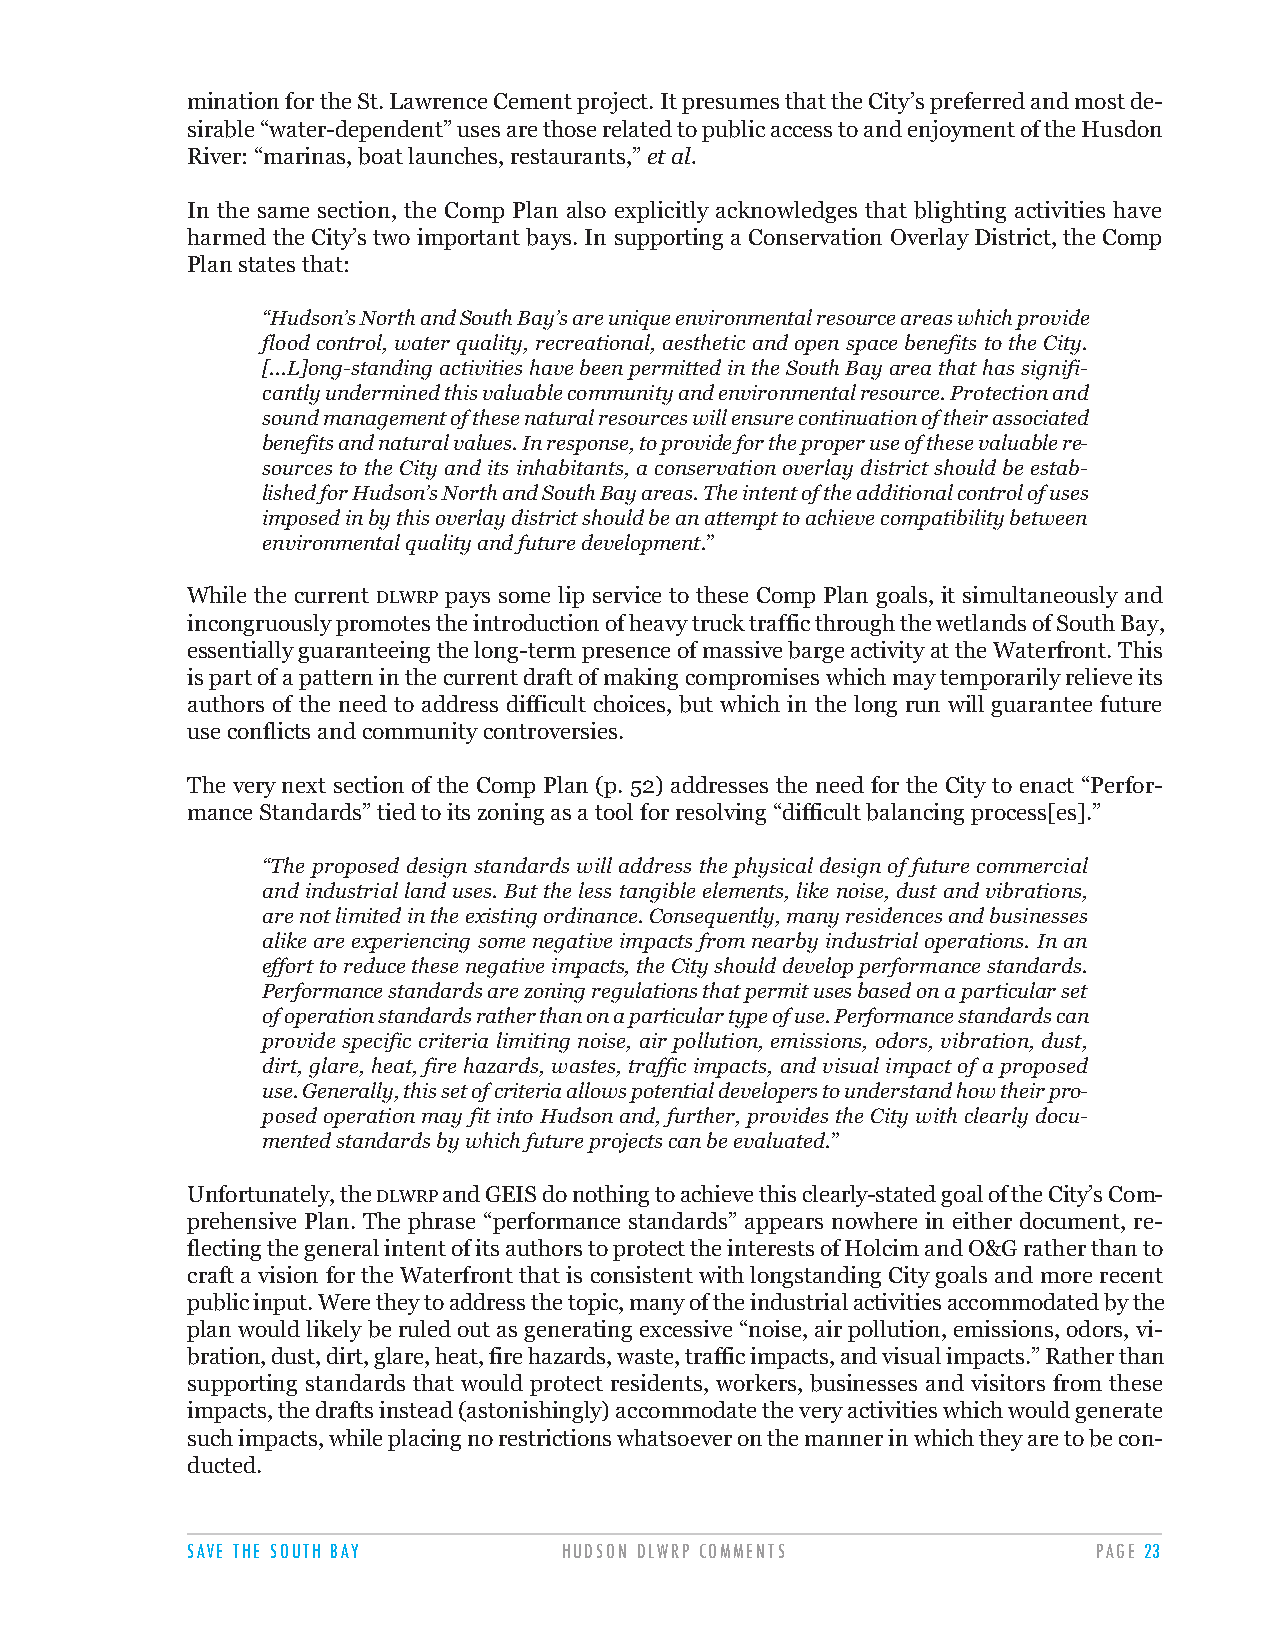
mination for the St. Lawrence Cement project. It presumes that the City’s preferred and most de-
 sirable “water-dependent” uses are those related to public access to and enjoyment of the Husdon
 River: “marinas, boat launches, restaurants,” et al.
 In the same section, the Comp Plan also explicitly acknowledges that blighting activities have
 harmed the City’s two important bays. In supporting a Conservation Overlay District, the Comp
 Plan states that:
 “Hudson’s North and South Bay’s are unique environmental resource areas which provide
 flood control, water quality, recreational, aesthetic and open space benefits to the City.
 [...L]ong-standing activities have been permitted in the South Bay area that has signifi-
 cantly undermined this valuable community and environmental resource. Protection and
 sound management of these natural resources will ensure continuation of their associated
 benefits and natural values. In response, to provide for the proper use of these valuable re-
 sources to the City and its inhabitants, a conservation overlay district should be estab-
 lished for Hudson’s North and South Bay areas. The intent of the additional control of uses
 imposed in by this overlay district should be an attempt to achieve compatibility between
 environmental quality and future development.”
 While the current DLWRP pays some lip service to these Comp Plan goals, it simultaneously and
 incongruously promotes the introduction of heavy truck traffic through the wetlands of South Bay,
 essentially guaranteeing the long-term presence of massive barge activity at the Waterfront. This
 is part of a pattern in the current draft of making compromises which may temporarily relieve its
 authors of the need to address difficult choices, but which in the long run will guarantee future
 use conflicts and community controversies.
 The very next section of the Comp Plan (p. 52) addresses the need for the City to enact “Perfor-
 mance Standards” tied to its zoning as a tool for resolving “difficult balancing process[es].”
 “The proposed design standards will address the physical design of future commercial
 and industrial land uses. But the less tangible elements, like noise, dust and vibrations,
 are not limited in the existing ordinance. Consequently, many residences and businesses
 alike are experiencing some negative impacts from nearby industrial operations. In an
 effort to reduce these negative impacts, the City should develop performance standards.
 Performance standards are zoning regulations that permit uses based on a particular set
 of operation standards rather than on a particular type of use. Performance standards can
 provide specific criteria limiting noise, air pollution, emissions, odors, vibration, dust,
 dirt, glare, heat, fire hazards, wastes, traffic impacts, and visual impact of a proposed
 use. Generally, this set of criteria allows potential developers to understand how their pro-
 posed operation may fit into Hudson and, further, provides the City with clearly docu-
 mented standards by which future projects can be evaluated.”
 Unfortunately, the DLWRPand GEIS do nothing to achieve this clearly-stated goal of the City’s Com-
 prehensive Plan. The phrase “performance standards” appears nowhere in either document, re-
 flecting the general intent of its authors to protect the interests of Holcim and O&G rather than to
 craft a vision for the Waterfront that is consistent with longstanding City goals and more recent
 public input. Were they to address the topic, many of the industrial activities accommodated by the
 plan would likely be ruled out as generating excessive “noise, air pollution, emissions, odors, vi-
 bration, dust, dirt, glare, heat, fire hazards, waste, traffic impacts, and visual impacts.” Rather than
 supporting standards that would protect residents, workers, businesses and visitors from these
 impacts, the drafts instead (astonishingly) accommodate the very activities which would generate
 such impacts, while placing no restrictions whatsoever on the manner in which they are to be con-
 ducted.
 SAVE THE SOUTH BAY       HUDSON DLWRP COMMENTS               PAGE 23